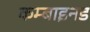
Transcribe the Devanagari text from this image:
कम्बाइनड